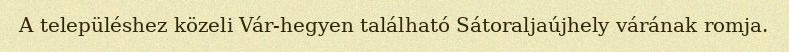
A településhez közeli Vár-hegyen található Sátoraljaújhely várának romja.